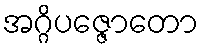
အဂ္ဂိပဇ္ဇောတော